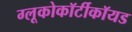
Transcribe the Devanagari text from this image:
ग्लूकोकॉर्टीकॉयड